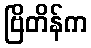
ဗြိတိန်က